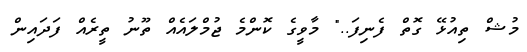
މުޝް ތިއުޅޭ ގޮތް ފެނިފަ.." މާވީގެ ކޮންމެ ޖުމްލައެއް ތޫނު ތީރެއް ފަދައިން